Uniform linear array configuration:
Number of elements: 8
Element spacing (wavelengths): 0.5
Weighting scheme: exponential
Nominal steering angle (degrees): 0
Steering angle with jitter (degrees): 1.055
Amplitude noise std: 0.05
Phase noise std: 0.05

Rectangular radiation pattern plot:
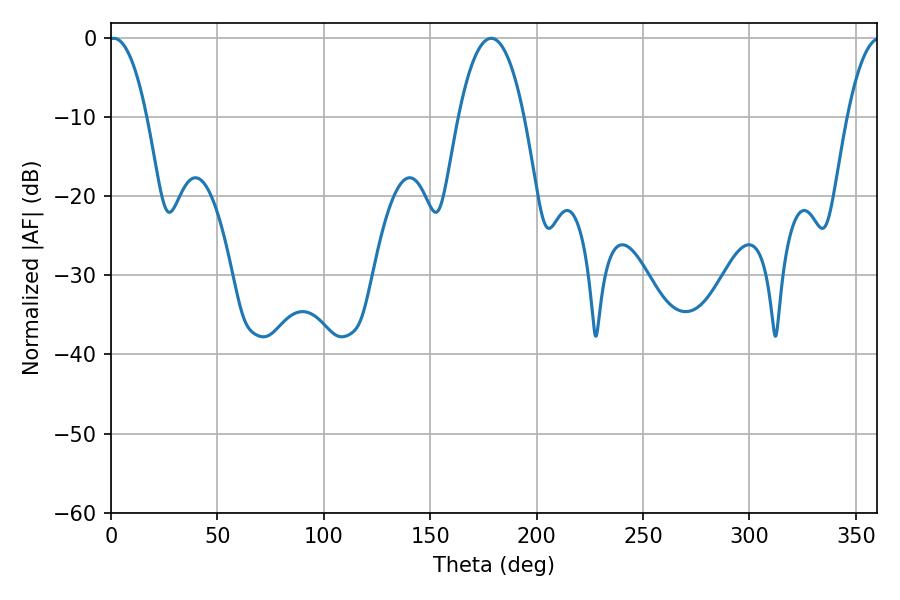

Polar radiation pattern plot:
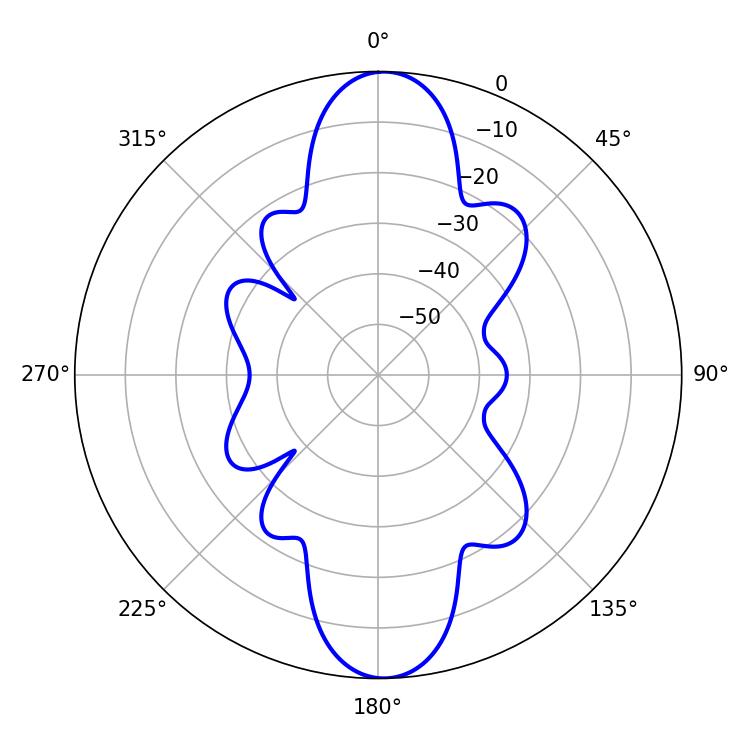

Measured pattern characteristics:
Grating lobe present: FALSE
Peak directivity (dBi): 20.289
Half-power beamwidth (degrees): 9.9
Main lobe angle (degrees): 1.26